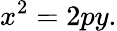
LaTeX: x^{2}=2py.